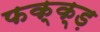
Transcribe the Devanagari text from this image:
फक्क्ड़